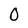
Character: 0